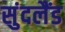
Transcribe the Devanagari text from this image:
सुंदलैंड